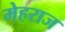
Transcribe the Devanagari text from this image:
मेहराज